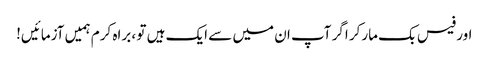
اور فیس بک مارکر اگر آپ ان میں سے ایک ہیں تو ، براہ کرم ہمیں آزمائیں!